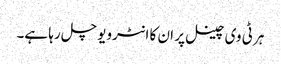
ہر ٹی وی چینل پر ان کا انٹرویو چل رہا ہے۔